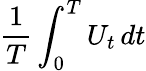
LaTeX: {\frac{1}{T}}\int_{0}^{T}U_{t}\, dt